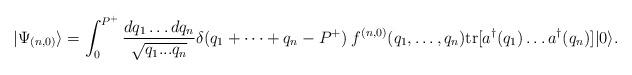
LaTeX: \begin{align*}|\Psi_{(n,0)} \rangle = \int_0^{P^+} {dq_1 \dots dq_n \over \sqrt{q_1...q_n}}\delta(q_1 + \cdots + q_n - P^+)\hspace{1mm} f^{(n,0)}(q_1,\dots,q_n) \mbox{tr}[a^\dagger(q_1)\dots a^\dagger(q_n)]|0\rangle .\end{align*}